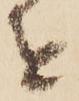
を